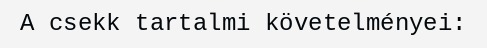
A csekk tartalmi követelményei: